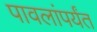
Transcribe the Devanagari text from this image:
पावलांपर्यंत